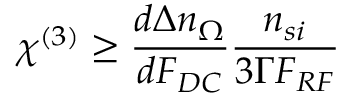
\chi ^ { ( 3 ) } \ge \frac { d \Delta n _ { \Omega } } { d F _ { D C } } \frac { n _ { s i } } { 3 \Gamma F _ { R F } }